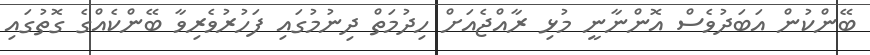
ބޭންކުން އަބަދުވެސް އޮންނާނީ މުޅި ރާއްޖެއަށް ހިދުމަތް ދިނުމުގައި ފަހުރުވެރިވާ ބޭންކެއްގެ ގޮތުގައި